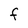
Character: F